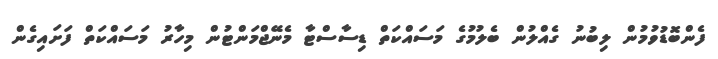
ފެންބޮޑުވުމުން ލިބުނު ގެއްލުން ބެލުމުގެ މަސައްކަތް ޑިސާސްޓާ މެނޭޖްމަންޓުން މިހާރު މަސައްކަތް ފަށައިގެން